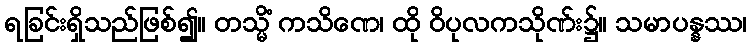
ရခြင်းရှိသည်ဖြစ်၍။ တသ္မိံ ကသိဏေ၊ ထို ဝိပုလကသိုဏ်း၌။ သမာပန္နဿ၊